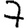
Digit: 7